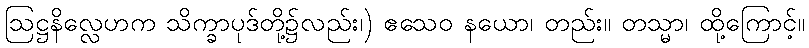
ဩဋ္ဌနိလ္လေဟက သိက္ခာပုဒ်တို့၌လည်း၊) ဧသေဝ နယော၊ တည်း။ တသ္မာ၊ ထို့ကြောင့်။